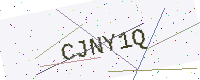
Text: CJNY1Q